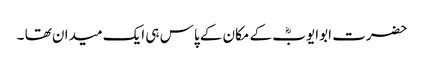
حضرت ابوایوبؓ کے مکان کے پاس ہی ایک میدان تھا ۔